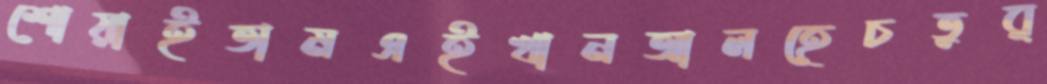
শোয়াইতামএইখানআলহেচতুর্